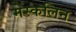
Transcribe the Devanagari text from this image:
मेस्कलिन